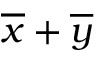
{ \overline { { x } } } + { \overline { { y } } }